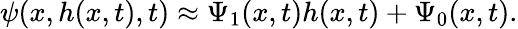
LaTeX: \psi(x,h(x,t),t)\approx\Psi_{1}(x,t)h(x,t)+\Psi_{0}(x,t).